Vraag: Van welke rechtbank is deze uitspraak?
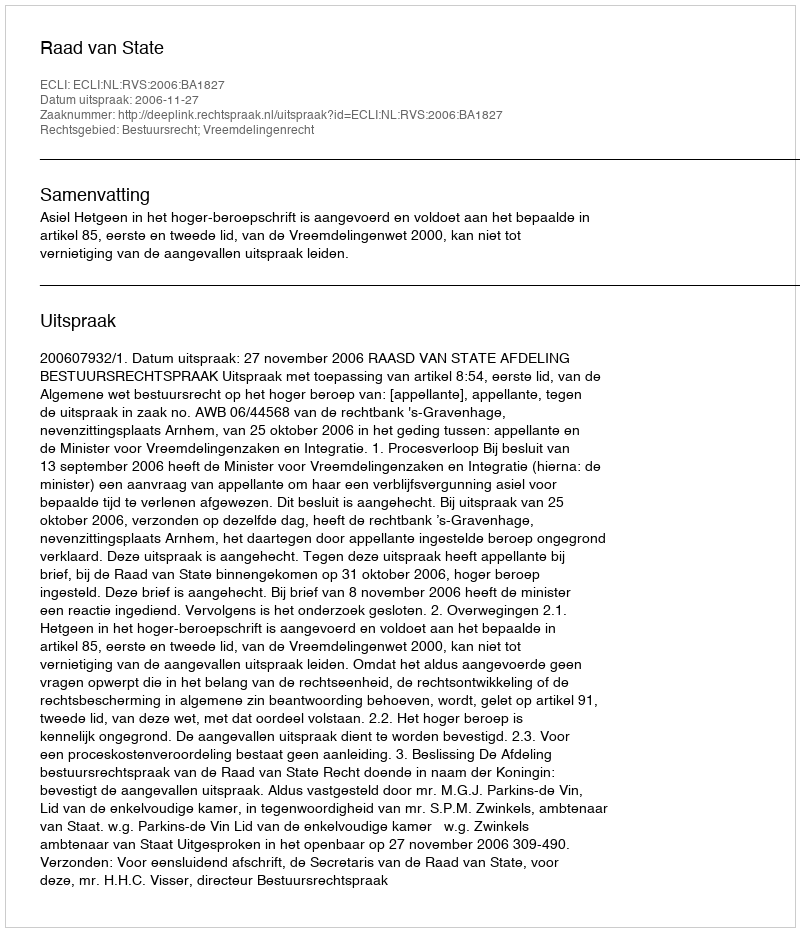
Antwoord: Raad van State